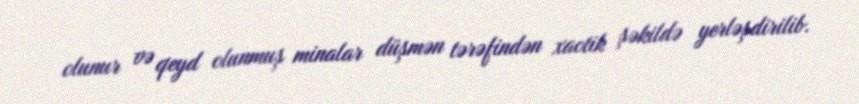
olunur və qeyd olunmuş minalar düşmən tərəfindən xaotik şəkildə yerləşdirilib.